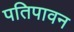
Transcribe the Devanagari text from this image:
पतिपावन